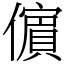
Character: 𭀀